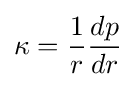
\kappa ={\frac {1}{r}}{\frac {dp}{dr}}